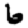
Digit: 6